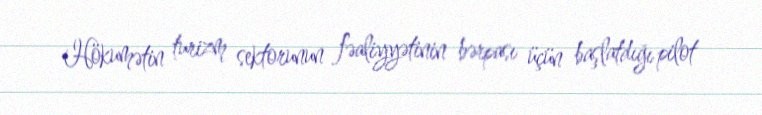
Hökumətin turizm sektorunun fəaliyyətinin bərpası üçün başlatdığı pilot